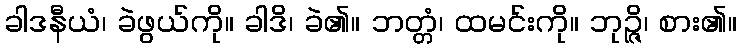
ခါဒနီယံ၊ ခဲဖွယ်ကို။ ခါဒိ၊ ခဲ၏။ ဘတ္တံ၊ ထမင်းကို။ ဘုဉ္ဇိ၊ စား၏။